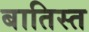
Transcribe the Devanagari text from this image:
बातिस्त